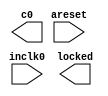
// This program was cloned from: https://github.com/jotego/jtcores
// License: GNU General Public License v3.0

// megafunction wizard: %ALTPLL%VBB%
// GENERATION: STANDARD
// VERSION: WM1.0
// MODULE: altpll 

// ============================================================
// Megafunction Name(s):
// 			altpll
//
// Simulation Library Files(s):
// 			altera_mf
// ============================================================
// ************************************************************
// THIS IS A WIZARD-GENERATED FILE. DO NOT EDIT THIS FILE!
//
// 22.1std.2 Build 922 07/20/2023 SC Lite Edition
// ************************************************************

//Copyright (C) 2023  Intel Corporation. All rights reserved.
//Your use of Intel Corporation's design tools, logic functions 
//and other software and tools, and any partner logic 
//functions, and any output files from any of the foregoing 
//(including device programming or simulation files), and any 
//associated documentation or information are expressly subject 
//to the terms and conditions of the Intel Program License 
//Subscription Agreement, the Intel Quartus Prime License Agreement,
//the Intel FPGA IP License Agreement, or other applicable license
//agreement, including, without limitation, that your use is for
//the sole purpose of programming logic devices manufactured by
//Intel and sold by Intel or its authorized distributors.  Please
//refer to the applicable agreement for further details, at
//https://fpgasoftware.intel.com/eula.

module jtframe_pll6671 (
	areset,
	inclk0,
	c0,
	locked);

	input	  areset;
	input	  inclk0;
	output	  c0;
	output	  locked;
`ifndef ALTERA_RESERVED_QIS
// synopsys translate_off
`endif
	tri0	  areset;
`ifndef ALTERA_RESERVED_QIS
// synopsys translate_on
`endif

endmodule

// ============================================================
// CNX file retrieval info
// ============================================================
// Retrieval info: PRIVATE: ACTIVECLK_CHECK STRING "0"
// Retrieval info: PRIVATE: BANDWIDTH STRING "1.000"
// Retrieval info: PRIVATE: BANDWIDTH_FEATURE_ENABLED STRING "1"
// Retrieval info: PRIVATE: BANDWIDTH_FREQ_UNIT STRING "MHz"
// Retrieval info: PRIVATE: BANDWIDTH_PRESET STRING "Low"
// Retrieval info: PRIVATE: BANDWIDTH_USE_AUTO STRING "1"
// Retrieval info: PRIVATE: BANDWIDTH_USE_PRESET STRING "0"
// Retrieval info: PRIVATE: CLKBAD_SWITCHOVER_CHECK STRING "0"
// Retrieval info: PRIVATE: CLKLOSS_CHECK STRING "0"
// Retrieval info: PRIVATE: CLKSWITCH_CHECK STRING "0"
// Retrieval info: PRIVATE: CNX_NO_COMPENSATE_RADIO STRING "1"
// Retrieval info: PRIVATE: CREATE_CLKBAD_CHECK STRING "0"
// Retrieval info: PRIVATE: CREATE_INCLK1_CHECK STRING "0"
// Retrieval info: PRIVATE: CUR_DEDICATED_CLK STRING "c0"
// Retrieval info: PRIVATE: CUR_FBIN_CLK STRING "c0"
// Retrieval info: PRIVATE: DEVICE_SPEED_GRADE STRING "Any"
// Retrieval info: PRIVATE: DIV_FACTOR0 NUMERIC "1"
// Retrieval info: PRIVATE: DUTY_CYCLE0 STRING "50.00000000"
// Retrieval info: PRIVATE: EFF_OUTPUT_FREQ_VALUE0 STRING "53.386364"
// Retrieval info: PRIVATE: EXPLICIT_SWITCHOVER_COUNTER STRING "0"
// Retrieval info: PRIVATE: EXT_FEEDBACK_RADIO STRING "0"
// Retrieval info: PRIVATE: GLOCKED_COUNTER_EDIT_CHANGED STRING "1"
// Retrieval info: PRIVATE: GLOCKED_FEATURE_ENABLED STRING "0"
// Retrieval info: PRIVATE: GLOCKED_MODE_CHECK STRING "0"
// Retrieval info: PRIVATE: GLOCK_COUNTER_EDIT NUMERIC "1048575"
// Retrieval info: PRIVATE: HAS_MANUAL_SWITCHOVER STRING "1"
// Retrieval info: PRIVATE: INCLK0_FREQ_EDIT STRING "27.000"
// Retrieval info: PRIVATE: INCLK0_FREQ_UNIT_COMBO STRING "MHz"
// Retrieval info: PRIVATE: INCLK1_FREQ_EDIT STRING "100.000"
// Retrieval info: PRIVATE: INCLK1_FREQ_EDIT_CHANGED STRING "1"
// Retrieval info: PRIVATE: INCLK1_FREQ_UNIT_CHANGED STRING "1"
// Retrieval info: PRIVATE: INCLK1_FREQ_UNIT_COMBO STRING "MHz"
// Retrieval info: PRIVATE: INTENDED_DEVICE_FAMILY STRING "Cyclone 10 LP"
// Retrieval info: PRIVATE: INT_FEEDBACK__MODE_RADIO STRING "1"
// Retrieval info: PRIVATE: LOCKED_OUTPUT_CHECK STRING "1"
// Retrieval info: PRIVATE: LONG_SCAN_RADIO STRING "1"
// Retrieval info: PRIVATE: LVDS_MODE_DATA_RATE STRING "Not Available"
// Retrieval info: PRIVATE: LVDS_MODE_DATA_RATE_DIRTY NUMERIC "0"
// Retrieval info: PRIVATE: LVDS_PHASE_SHIFT_UNIT0 STRING "deg"
// Retrieval info: PRIVATE: MIG_DEVICE_SPEED_GRADE STRING "Any"
// Retrieval info: PRIVATE: MIRROR_CLK0 STRING "0"
// Retrieval info: PRIVATE: MULT_FACTOR0 NUMERIC "1"
// Retrieval info: PRIVATE: NORMAL_MODE_RADIO STRING "0"
// Retrieval info: PRIVATE: OUTPUT_FREQ0 STRING "53.38636400"
// Retrieval info: PRIVATE: OUTPUT_FREQ_MODE0 STRING "1"
// Retrieval info: PRIVATE: OUTPUT_FREQ_UNIT0 STRING "MHz"
// Retrieval info: PRIVATE: PHASE_RECONFIG_FEATURE_ENABLED STRING "1"
// Retrieval info: PRIVATE: PHASE_RECONFIG_INPUTS_CHECK STRING "0"
// Retrieval info: PRIVATE: PHASE_SHIFT0 STRING "0.00000000"
// Retrieval info: PRIVATE: PHASE_SHIFT_STEP_ENABLED_CHECK STRING "0"
// Retrieval info: PRIVATE: PHASE_SHIFT_UNIT0 STRING "deg"
// Retrieval info: PRIVATE: PLL_ADVANCED_PARAM_CHECK STRING "0"
// Retrieval info: PRIVATE: PLL_ARESET_CHECK STRING "1"
// Retrieval info: PRIVATE: PLL_AUTOPLL_CHECK NUMERIC "1"
// Retrieval info: PRIVATE: PLL_ENHPLL_CHECK NUMERIC "0"
// Retrieval info: PRIVATE: PLL_FASTPLL_CHECK NUMERIC "0"
// Retrieval info: PRIVATE: PLL_FBMIMIC_CHECK STRING "0"
// Retrieval info: PRIVATE: PLL_LVDS_PLL_CHECK NUMERIC "0"
// Retrieval info: PRIVATE: PLL_PFDENA_CHECK STRING "0"
// Retrieval info: PRIVATE: PLL_TARGET_HARCOPY_CHECK NUMERIC "0"
// Retrieval info: PRIVATE: PRIMARY_CLK_COMBO STRING "inclk0"
// Retrieval info: PRIVATE: RECONFIG_FILE STRING "jtframe_pll6671.mif"
// Retrieval info: PRIVATE: SACN_INPUTS_CHECK STRING "0"
// Retrieval info: PRIVATE: SCAN_FEATURE_ENABLED STRING "1"
// Retrieval info: PRIVATE: SELF_RESET_LOCK_LOSS STRING "0"
// Retrieval info: PRIVATE: SHORT_SCAN_RADIO STRING "0"
// Retrieval info: PRIVATE: SPREAD_FEATURE_ENABLED STRING "0"
// Retrieval info: PRIVATE: SPREAD_FREQ STRING "50.000"
// Retrieval info: PRIVATE: SPREAD_FREQ_UNIT STRING "KHz"
// Retrieval info: PRIVATE: SPREAD_PERCENT STRING "0.500"
// Retrieval info: PRIVATE: SPREAD_USE STRING "0"
// Retrieval info: PRIVATE: SRC_SYNCH_COMP_RADIO STRING "0"
// Retrieval info: PRIVATE: STICKY_CLK0 STRING "1"
// Retrieval info: PRIVATE: SWITCHOVER_COUNT_EDIT NUMERIC "1"
// Retrieval info: PRIVATE: SWITCHOVER_FEATURE_ENABLED STRING "1"
// Retrieval info: PRIVATE: SYNTH_WRAPPER_GEN_POSTFIX STRING "0"
// Retrieval info: PRIVATE: USE_CLK0 STRING "1"
// Retrieval info: PRIVATE: USE_CLKENA0 STRING "0"
// Retrieval info: PRIVATE: USE_MIL_SPEED_GRADE NUMERIC "0"
// Retrieval info: PRIVATE: ZERO_DELAY_RADIO STRING "0"
// Retrieval info: LIBRARY: altera_mf altera_mf.altera_mf_components.all
// Retrieval info: CONSTANT: BANDWIDTH_TYPE STRING "AUTO"
// Retrieval info: CONSTANT: CLK0_DIVIDE_BY NUMERIC "6750000"
// Retrieval info: CONSTANT: CLK0_DUTY_CYCLE NUMERIC "50"
// Retrieval info: CONSTANT: CLK0_MULTIPLY_BY NUMERIC "13346591"
// Retrieval info: CONSTANT: CLK0_PHASE_SHIFT STRING "0"
// Retrieval info: CONSTANT: INCLK0_INPUT_FREQUENCY NUMERIC "37037"
// Retrieval info: CONSTANT: INTENDED_DEVICE_FAMILY STRING "Cyclone 10 LP"
// Retrieval info: CONSTANT: LPM_TYPE STRING "altpll"
// Retrieval info: CONSTANT: OPERATION_MODE STRING "NO_COMPENSATION"
// Retrieval info: CONSTANT: PLL_TYPE STRING "AUTO"
// Retrieval info: CONSTANT: PORT_ACTIVECLOCK STRING "PORT_UNUSED"
// Retrieval info: CONSTANT: PORT_ARESET STRING "PORT_USED"
// Retrieval info: CONSTANT: PORT_CLKBAD0 STRING "PORT_UNUSED"
// Retrieval info: CONSTANT: PORT_CLKBAD1 STRING "PORT_UNUSED"
// Retrieval info: CONSTANT: PORT_CLKLOSS STRING "PORT_UNUSED"
// Retrieval info: CONSTANT: PORT_CLKSWITCH STRING "PORT_UNUSED"
// Retrieval info: CONSTANT: PORT_CONFIGUPDATE STRING "PORT_UNUSED"
// Retrieval info: CONSTANT: PORT_FBIN STRING "PORT_UNUSED"
// Retrieval info: CONSTANT: PORT_INCLK0 STRING "PORT_USED"
// Retrieval info: CONSTANT: PORT_INCLK1 STRING "PORT_UNUSED"
// Retrieval info: CONSTANT: PORT_LOCKED STRING "PORT_USED"
// Retrieval info: CONSTANT: PORT_PFDENA STRING "PORT_UNUSED"
// Retrieval info: CONSTANT: PORT_PHASECOUNTERSELECT STRING "PORT_UNUSED"
// Retrieval info: CONSTANT: PORT_PHASEDONE STRING "PORT_UNUSED"
// Retrieval info: CONSTANT: PORT_PHASESTEP STRING "PORT_UNUSED"
// Retrieval info: CONSTANT: PORT_PHASEUPDOWN STRING "PORT_UNUSED"
// Retrieval info: CONSTANT: PORT_PLLENA STRING "PORT_UNUSED"
// Retrieval info: CONSTANT: PORT_SCANACLR STRING "PORT_UNUSED"
// Retrieval info: CONSTANT: PORT_SCANCLK STRING "PORT_UNUSED"
// Retrieval info: CONSTANT: PORT_SCANCLKENA STRING "PORT_UNUSED"
// Retrieval info: CONSTANT: PORT_SCANDATA STRING "PORT_UNUSED"
// Retrieval info: CONSTANT: PORT_SCANDATAOUT STRING "PORT_UNUSED"
// Retrieval info: CONSTANT: PORT_SCANDONE STRING "PORT_UNUSED"
// Retrieval info: CONSTANT: PORT_SCANREAD STRING "PORT_UNUSED"
// Retrieval info: CONSTANT: PORT_SCANWRITE STRING "PORT_UNUSED"
// Retrieval info: CONSTANT: PORT_clk0 STRING "PORT_USED"
// Retrieval info: CONSTANT: PORT_clk1 STRING "PORT_UNUSED"
// Retrieval info: CONSTANT: PORT_clk2 STRING "PORT_UNUSED"
// Retrieval info: CONSTANT: PORT_clk3 STRING "PORT_UNUSED"
// Retrieval info: CONSTANT: PORT_clk4 STRING "PORT_UNUSED"
// Retrieval info: CONSTANT: PORT_clk5 STRING "PORT_UNUSED"
// Retrieval info: CONSTANT: PORT_clkena0 STRING "PORT_UNUSED"
// Retrieval info: CONSTANT: PORT_clkena1 STRING "PORT_UNUSED"
// Retrieval info: CONSTANT: PORT_clkena2 STRING "PORT_UNUSED"
// Retrieval info: CONSTANT: PORT_clkena3 STRING "PORT_UNUSED"
// Retrieval info: CONSTANT: PORT_clkena4 STRING "PORT_UNUSED"
// Retrieval info: CONSTANT: PORT_clkena5 STRING "PORT_UNUSED"
// Retrieval info: CONSTANT: PORT_extclk0 STRING "PORT_UNUSED"
// Retrieval info: CONSTANT: PORT_extclk1 STRING "PORT_UNUSED"
// Retrieval info: CONSTANT: PORT_extclk2 STRING "PORT_UNUSED"
// Retrieval info: CONSTANT: PORT_extclk3 STRING "PORT_UNUSED"
// Retrieval info: CONSTANT: SELF_RESET_ON_LOSS_LOCK STRING "OFF"
// Retrieval info: CONSTANT: WIDTH_CLOCK NUMERIC "5"
// Retrieval info: USED_PORT: @clk 0 0 5 0 OUTPUT_CLK_EXT VCC "@clk[4..0]"
// Retrieval info: USED_PORT: areset 0 0 0 0 INPUT GND "areset"
// Retrieval info: USED_PORT: c0 0 0 0 0 OUTPUT_CLK_EXT VCC "c0"
// Retrieval info: USED_PORT: inclk0 0 0 0 0 INPUT_CLK_EXT GND "inclk0"
// Retrieval info: USED_PORT: locked 0 0 0 0 OUTPUT GND "locked"
// Retrieval info: CONNECT: @areset 0 0 0 0 areset 0 0 0 0
// Retrieval info: CONNECT: @inclk 0 0 1 1 GND 0 0 0 0
// Retrieval info: CONNECT: @inclk 0 0 1 0 inclk0 0 0 0 0
// Retrieval info: CONNECT: c0 0 0 0 0 @clk 0 0 1 0
// Retrieval info: CONNECT: locked 0 0 0 0 @locked 0 0 0 0
// Retrieval info: GEN_FILE: TYPE_NORMAL jtframe_pll6671.v TRUE
// Retrieval info: GEN_FILE: TYPE_NORMAL jtframe_pll6671.ppf TRUE
// Retrieval info: GEN_FILE: TYPE_NORMAL jtframe_pll6671.inc FALSE
// Retrieval info: GEN_FILE: TYPE_NORMAL jtframe_pll6671.cmp FALSE
// Retrieval info: GEN_FILE: TYPE_NORMAL jtframe_pll6671.bsf FALSE
// Retrieval info: GEN_FILE: TYPE_NORMAL jtframe_pll6671_inst.v FALSE
// Retrieval info: GEN_FILE: TYPE_NORMAL jtframe_pll6671_bb.v TRUE
// Retrieval info: LIB_FILE: altera_mf
// Retrieval info: CBX_MODULE_PREFIX: ON